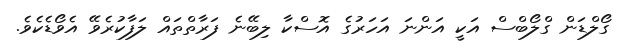
ގޯލްޑަން ގްލޯބްސް އަކީ އަންނަ އަހަރުގެ އޮސްކާ ލިބޭނެ ފަރާތްތައް ލަފާކުރެވޭ އެވޯޑެކެވެ.